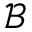
\mathcal { B }